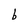
Character: b